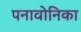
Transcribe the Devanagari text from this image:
पनावोनिका